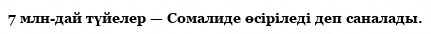
7 млн-дай түйелер — Сомалиде өсіріледі деп саналады.